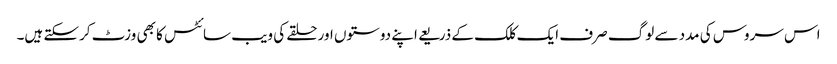
اس سروس کی مدد سے لوگ صرف ایک کلک کے ذریعے اپنے دوستوں اور حلقے کی ویب سائٹس کا بھی وزٹ کرسکتے ہیں۔